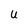
Character: U